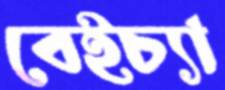
বেইচ্যা